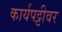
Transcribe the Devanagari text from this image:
कार्यपट्टीवर